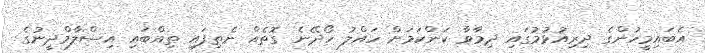
އެބައިމީހުންގެ ދިރިއުޅުމުގައި ދިމާވާ ކަންކަމަށް ހައްލު ހޯދޭނެ ގޮތެއް ނެތިފައި ތިއްބައި އިސްލާމްދީނުގެ